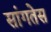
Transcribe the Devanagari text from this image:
सांगतेस